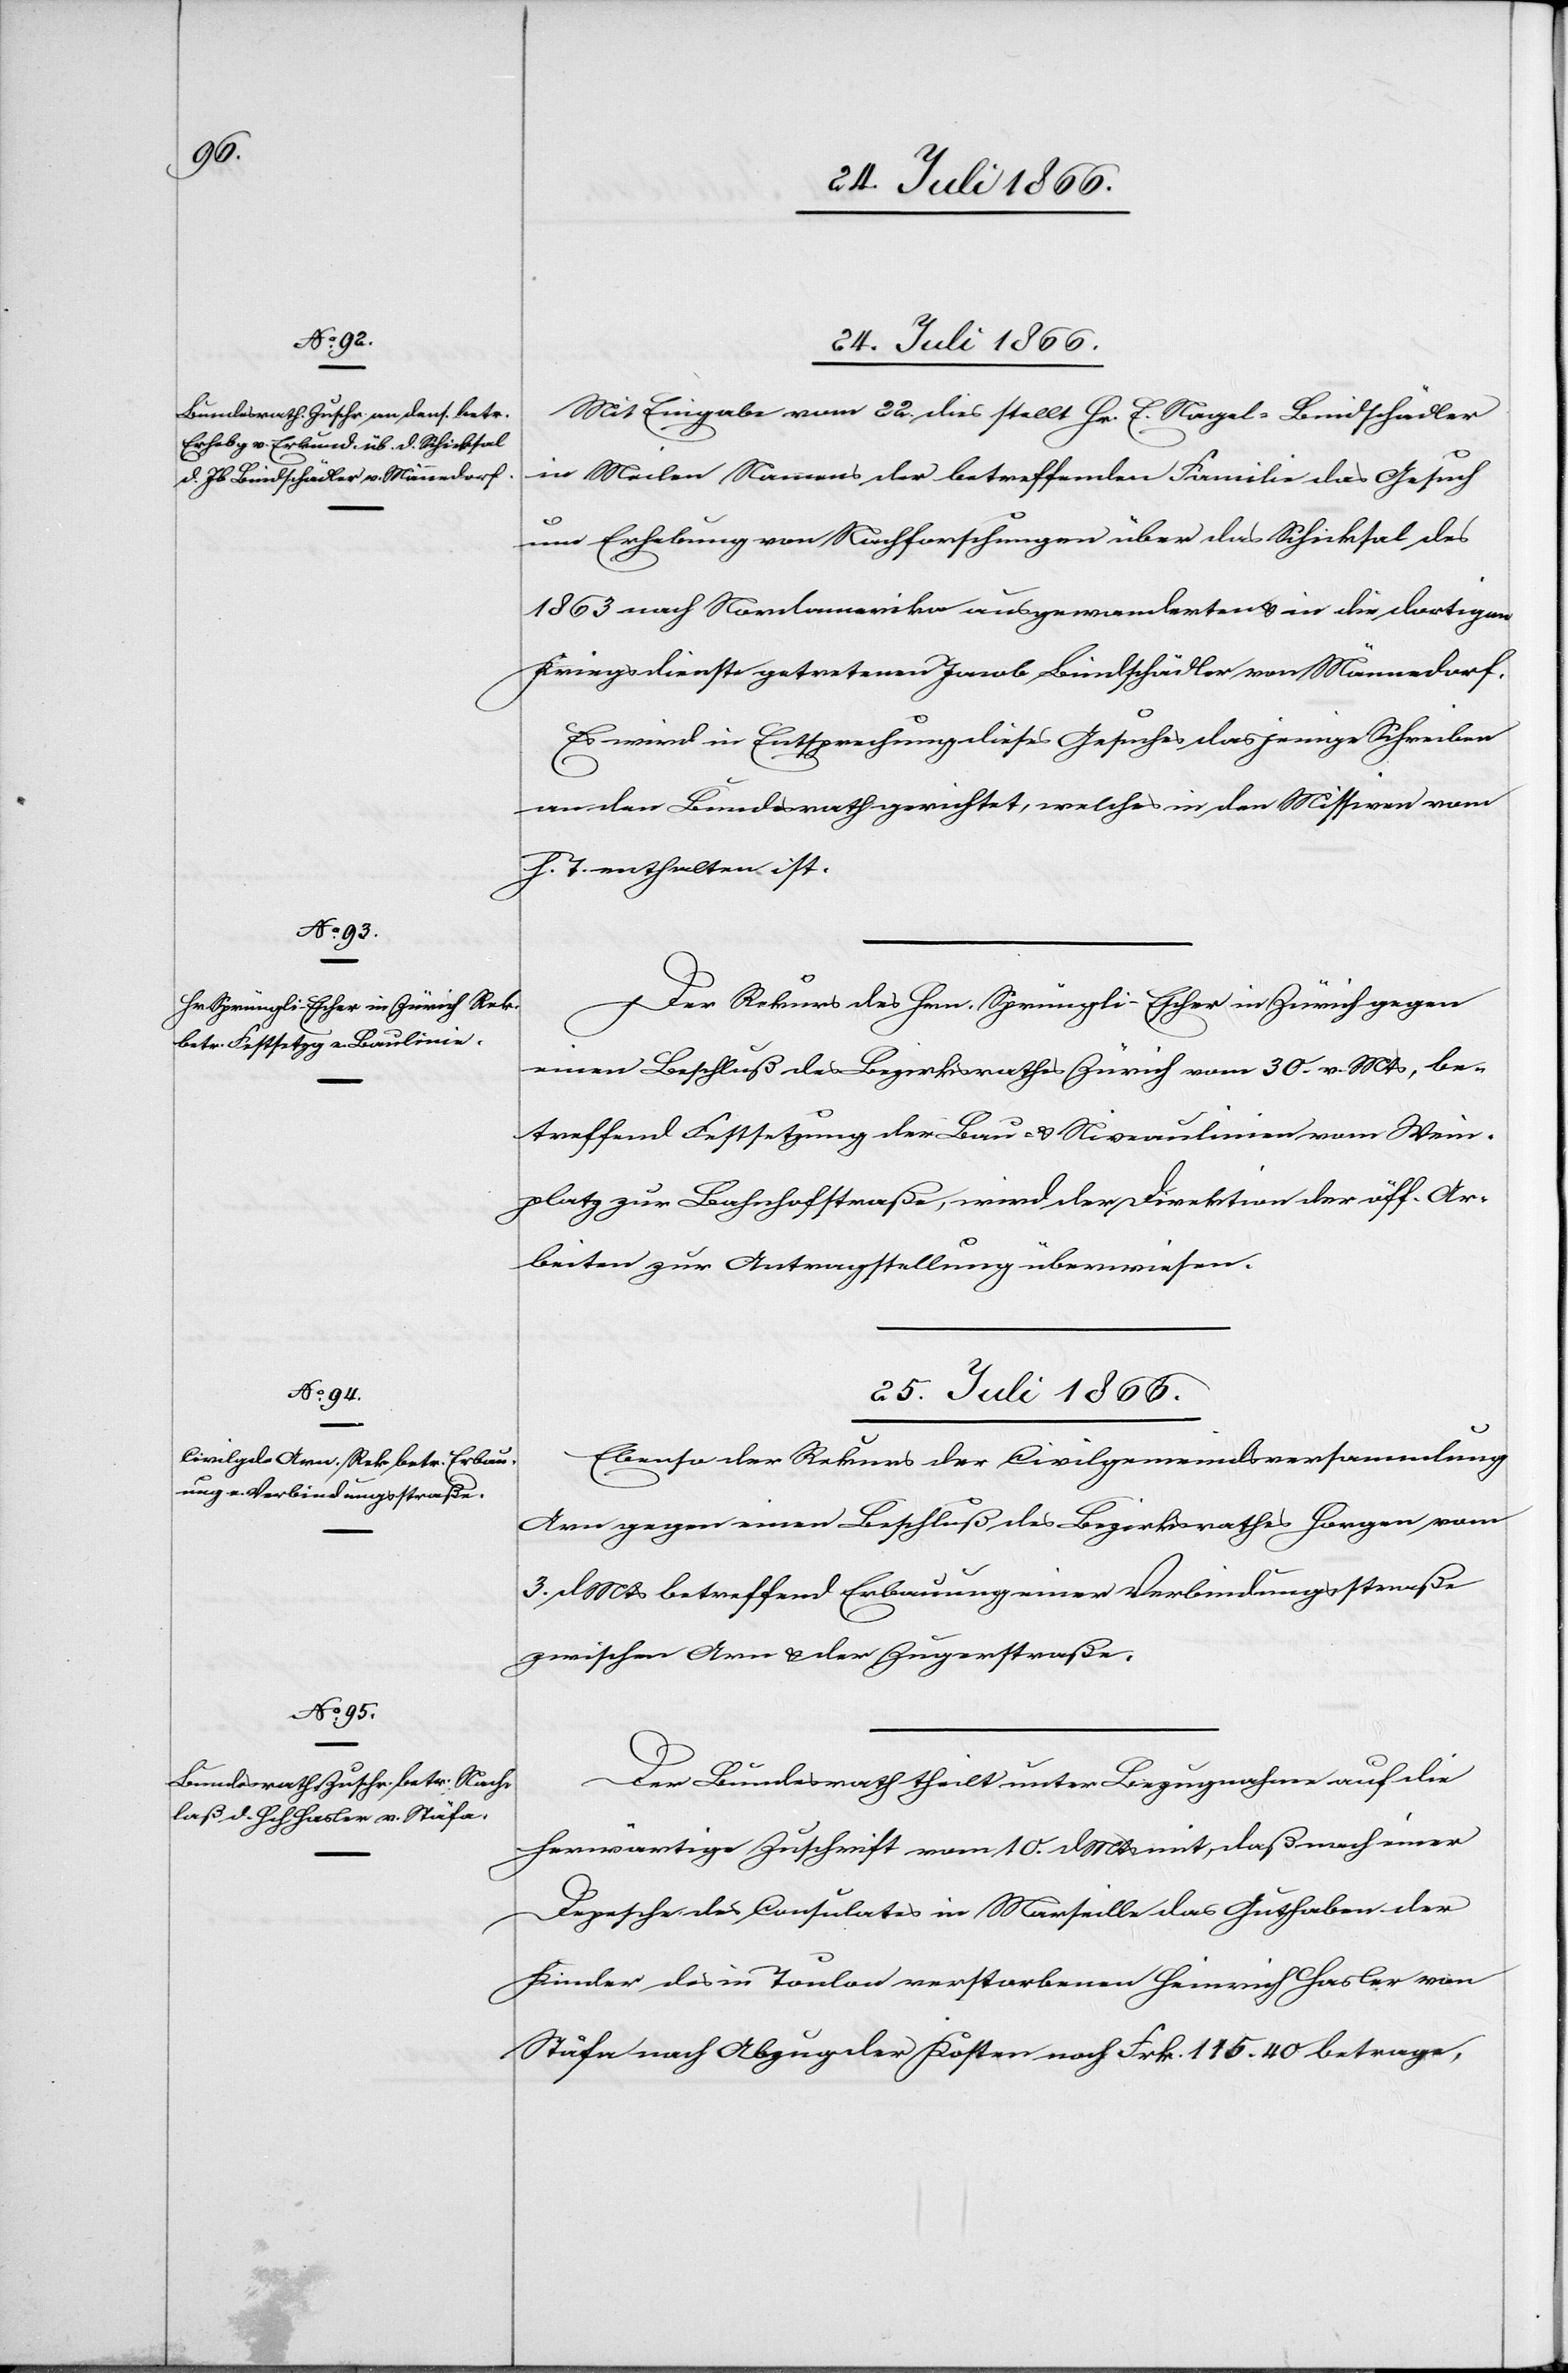
24. Juli 1866.]
Mit Eingabe vom 22. dies stellt Hr. E. Vogel-Bindschädler
in Meilen Namens der betreffenden Familie das Gesuch
um Erhebung von Nachforschungen über das Schicksal des
1863 nach Nordamerika ausgewanderten u. in die dortigen
Kriegsdienste getretenen Jacob Bindschädler von Männedorf.
Es wird in Entsprechung dieses Gesuches dasjenige Schreiben
an den Bundesrath gerichtet, welches in den Missiven vom
h. T. enthalten ist.
Der Rekurs des Hrn. Sprüngli-Escher in Zürich gegen
einen Beschluß des Bezirksrathes Zürich vom 30. v. Mts, be¬
treffend Festsetzung der Bau- u Niveaulinien vom Wein¬
platz zur Bahnhofstrasse, wird der Direktion der öff. Ar¬
beiten zur Antragstellung überwiesen.
25. Juli 1866.]
Ebenso der Rekurs der Civilgemeindsversammlung
Arn gegen einen Beschluß des Bezirksrathes Horgen vom
3. d Mts betreffend Erbauung einer Verbindungsstraße
zwischen Arn u. der Zugerstraße.
Der Bundesrath theilt unter Bezugnahme auf die
herwärtige Zuschrift vom 10. d Mts mit, daß nach einer
Depesche des Consulates in Marseille das Guthaben der
Kinder des in Toulon verstorbenen Heinrich Hasler, von
Stäfa nach Abzug der Kosten noch Frk. 115.40 betrage,